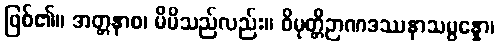
ဖြစ်၏။ အတ္တနာစ၊ မိမိသည်လည်း။ ဝိမုတ္တိဉာဏဒဿနာသမ္ပန္နော၊